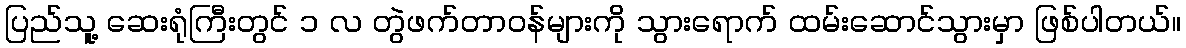
ပြည်သူ့ ဆေးရုံကြီးတွင် ၁ လ တွဲဖက်တာဝန်များကို သွားရောက် ထမ်းဆောင်သွားမှာ ဖြစ်ပါတယ်။